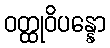
ဝတ္ထုဝိပန္နော